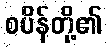
စပိန်တို့၏